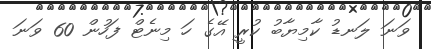
ވަނަ ލަނޑު ކާމިޔާބު ކުރީ އޭގެ ހަ މިނެޓް ފަހުން 60 ވަނަ